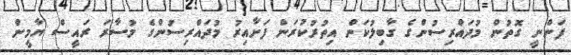
ފަންނީ ގޮތުން މުދައްރިސުންގެ ގާބިލުކަން އިތުރުކުރަން ފަށާއިރު މުދައްރިސުންގެ މުސާރަ ރައީސް ޔާމީން